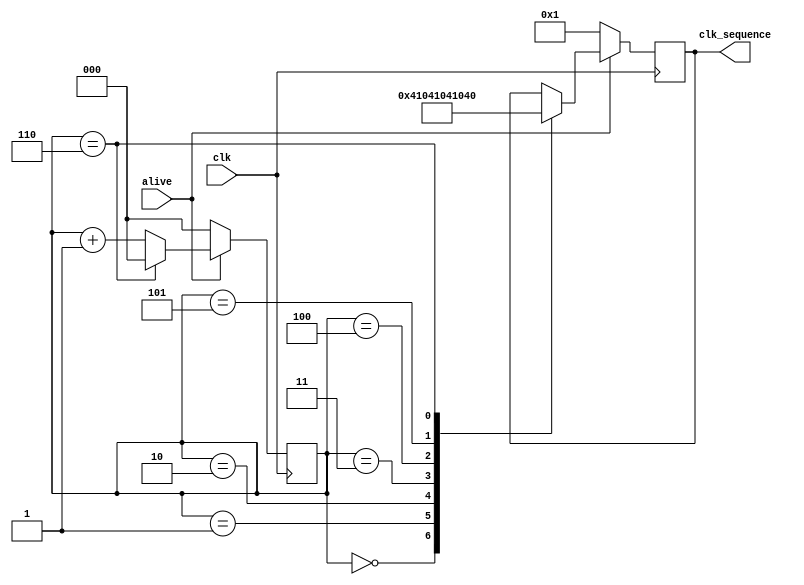
module clock_controller(
	input  wire clk,
	output reg  [6:0] clk_sequence,
	input wire alive
);

	reg [2:0] sc; // clk_sequence counter
	
	always @(posedge(clk)) begin
		if(alive) begin
			case(sc)
				3'd0: clk_sequence <= 7'b0000001;
				3'd1: clk_sequence <= 7'b0000010;
				3'd2: clk_sequence <= 7'b0000100;
				3'd3: clk_sequence <= 7'b0001000;
				3'd4: clk_sequence <= 7'b0010000;
				3'd5: clk_sequence <= 7'b0100000;
				3'd6: clk_sequence <= 7'b1000000;
			endcase		
			
			if(sc == 3'd6) begin
				sc <= 3'd0;
			end else begin
				sc <= sc + 3'd1;
			end
		end else begin
			sc   <= 1'b0;
			clk_sequence <= 7'b0000001;
		end
	end
endmodule